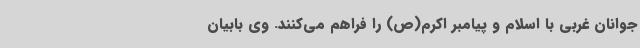
جوانان غربی با اسلام و پیامبر اکرم(ص) را فراهم می‌کنند. وی بابیان